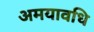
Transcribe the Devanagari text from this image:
अमयावधि